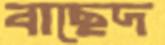
বাছেদ